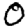
Digit: 0